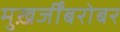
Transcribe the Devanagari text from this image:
मुख़र्जींबरोबर